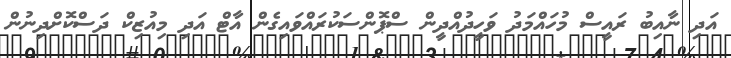
އަދި ނާއިބު ރައީސް މުހައްމަދު ވަހީދުއްދީން ސްޕޮންސަކުރައްވައިގެން އާޓް އަދި މިއުޒިކް ދަސްކޮށްދިނުން